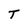
Character: T